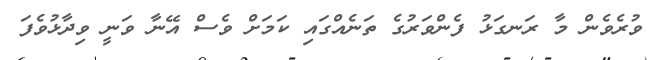
ވުރެވެން މާ ރަނގަޅު ފެންވަރުގެ ތަނެއްގައި ކަމަށް ވެސް އޭނާ ވަނީ ވިދާޅުވެފަ